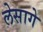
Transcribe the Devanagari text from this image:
लेसागे